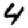
Digit: 4